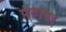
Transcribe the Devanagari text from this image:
पेटोवा